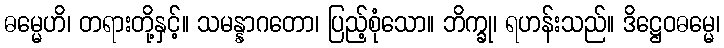
ဓမ္မေဟိ၊ တရားတို့နှင့်။ သမန္နာဂတော၊ ပြည့်စုံသော။ ဘိက္ခု၊ ရဟန်းသည်။ ဒိဋ္ဌေဝဓမ္မေ၊